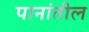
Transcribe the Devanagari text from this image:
पानांतील